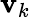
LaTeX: {\boldsymbol{\mathbf{v}}}_{k}